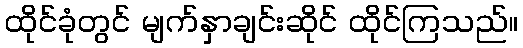
ထိုင်ခုံတွင် မျက်နှာချင်းဆိုင် ထိုင်ကြသည်။